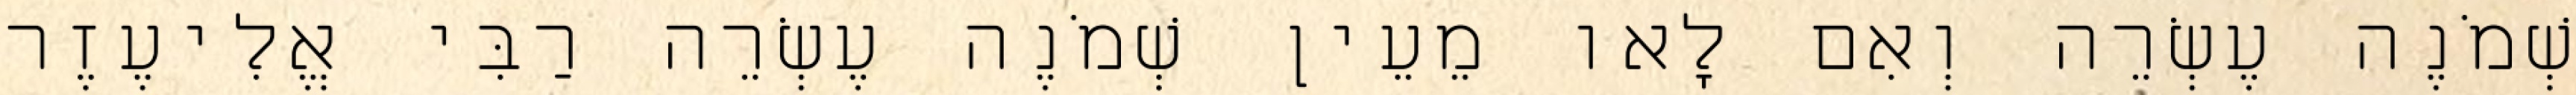
שְׁמֹנֶה עֶשְׂרֵה וְאִם לָאו מֵעֵין שְׁמֹנֶה עֶשְׂרֵה רַבִּי אֱלִיעֶזֶר